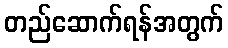
တည်ဆောက်ရန်အတွက်